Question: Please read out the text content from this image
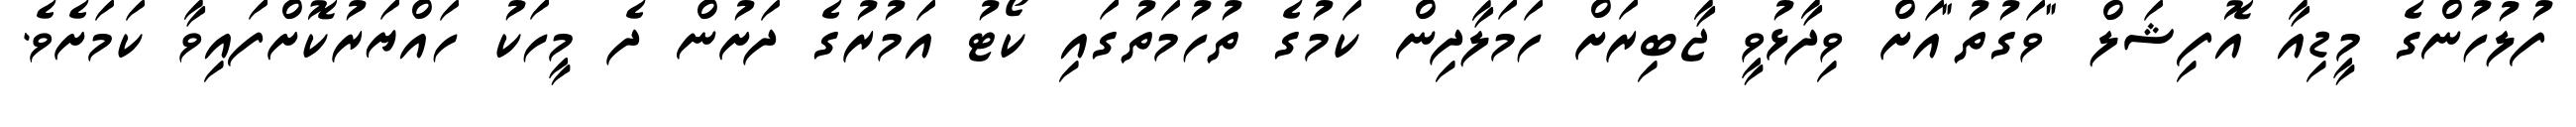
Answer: ފުލުހުންގެ މީޑިއާ އޮފިޝަލް "ވަގުތު"އަށް ވިދާޅުވީ ޖާބިރަށް ހަމަލާދިން ކަމުގެ ތުހުމަތުގައި ކޯޓު އަމުރުގެ ދަށުން ދެ މީހަކު ހައްޔަރުކޮށްފައިވާ ކަމަށެވެ.